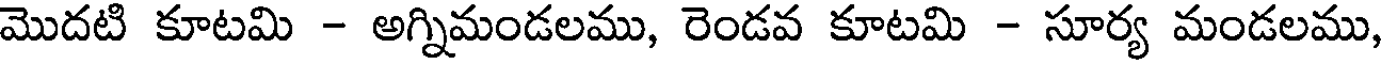
మొదటి కూటమి - అగ్నిమండలము, రెండవ కూటమి - సూర్య మండలము,